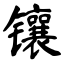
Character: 镶